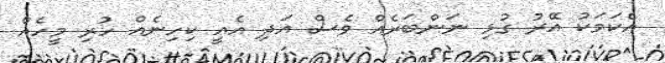
އެކަމަކު އޭރު ގުޅި ނަންބަރެއް ވެސް އަދި އެއީ ކިހިނެއް ހުރި މީހެއް